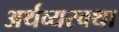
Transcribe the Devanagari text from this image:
अर्थव्यस्वथा